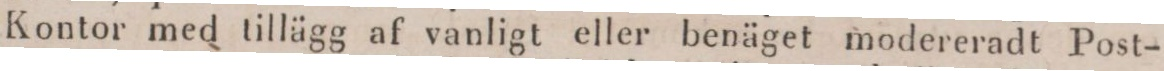
Kontor med tillägg af vanligt eller benäget modereradt Post-